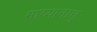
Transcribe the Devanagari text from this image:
माय्यानात्तु